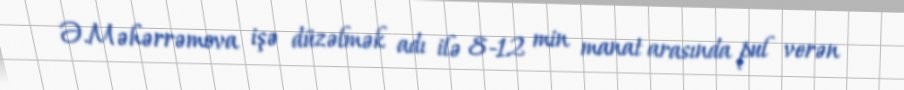
Ə.Məhərrəmova işə düzəlmək adı ilə 8-12 min manat arasında pul verən